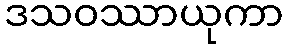
ဒသဝဿာယုကာ